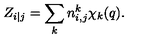
Z _ { i | j } = \sum _ { k } n _ { i , j } ^ { k } \chi _ { k } ( q ) .